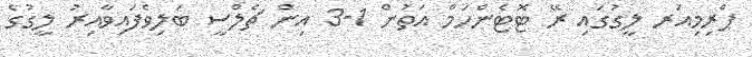
ޕްރިމިއަރ ލީގުގައި ރޭ ޓޮޓެންހަމް އަތުން 1-3 އިން ޗެލްސީ ބަލިވެފައިވާއިރު ލީގުގެ